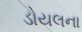
ડોયલના